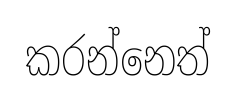
කරන්නෙත්